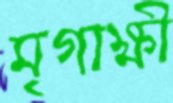
মৃগাক্ষী